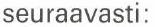
seuraavasti: